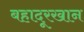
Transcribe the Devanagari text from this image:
बहादूरखान